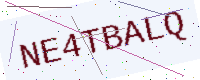
Text: NE4TBALQ